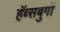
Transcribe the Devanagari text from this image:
हॅब्सबुर्गो